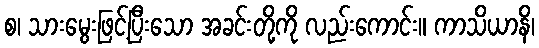
စ၊ သားမွေးဖြင့်ပြီးသော အခင်းတို့ကို လည်းကောင်း။ ကာသိယာနိ၊